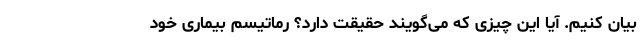
بیان کنیم. آیا این چیزی که می‌گویند حقیقت دارد؟ رماتیسم بیماری خود